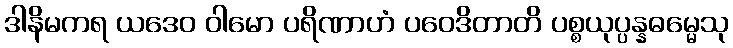
ဒါနိမကရ ယဒေဝ ဝါမော ပရိဏာဟံ ပဝေဒိတာတိ ပစ္စယုပ္ပန္နဓမ္မေသု